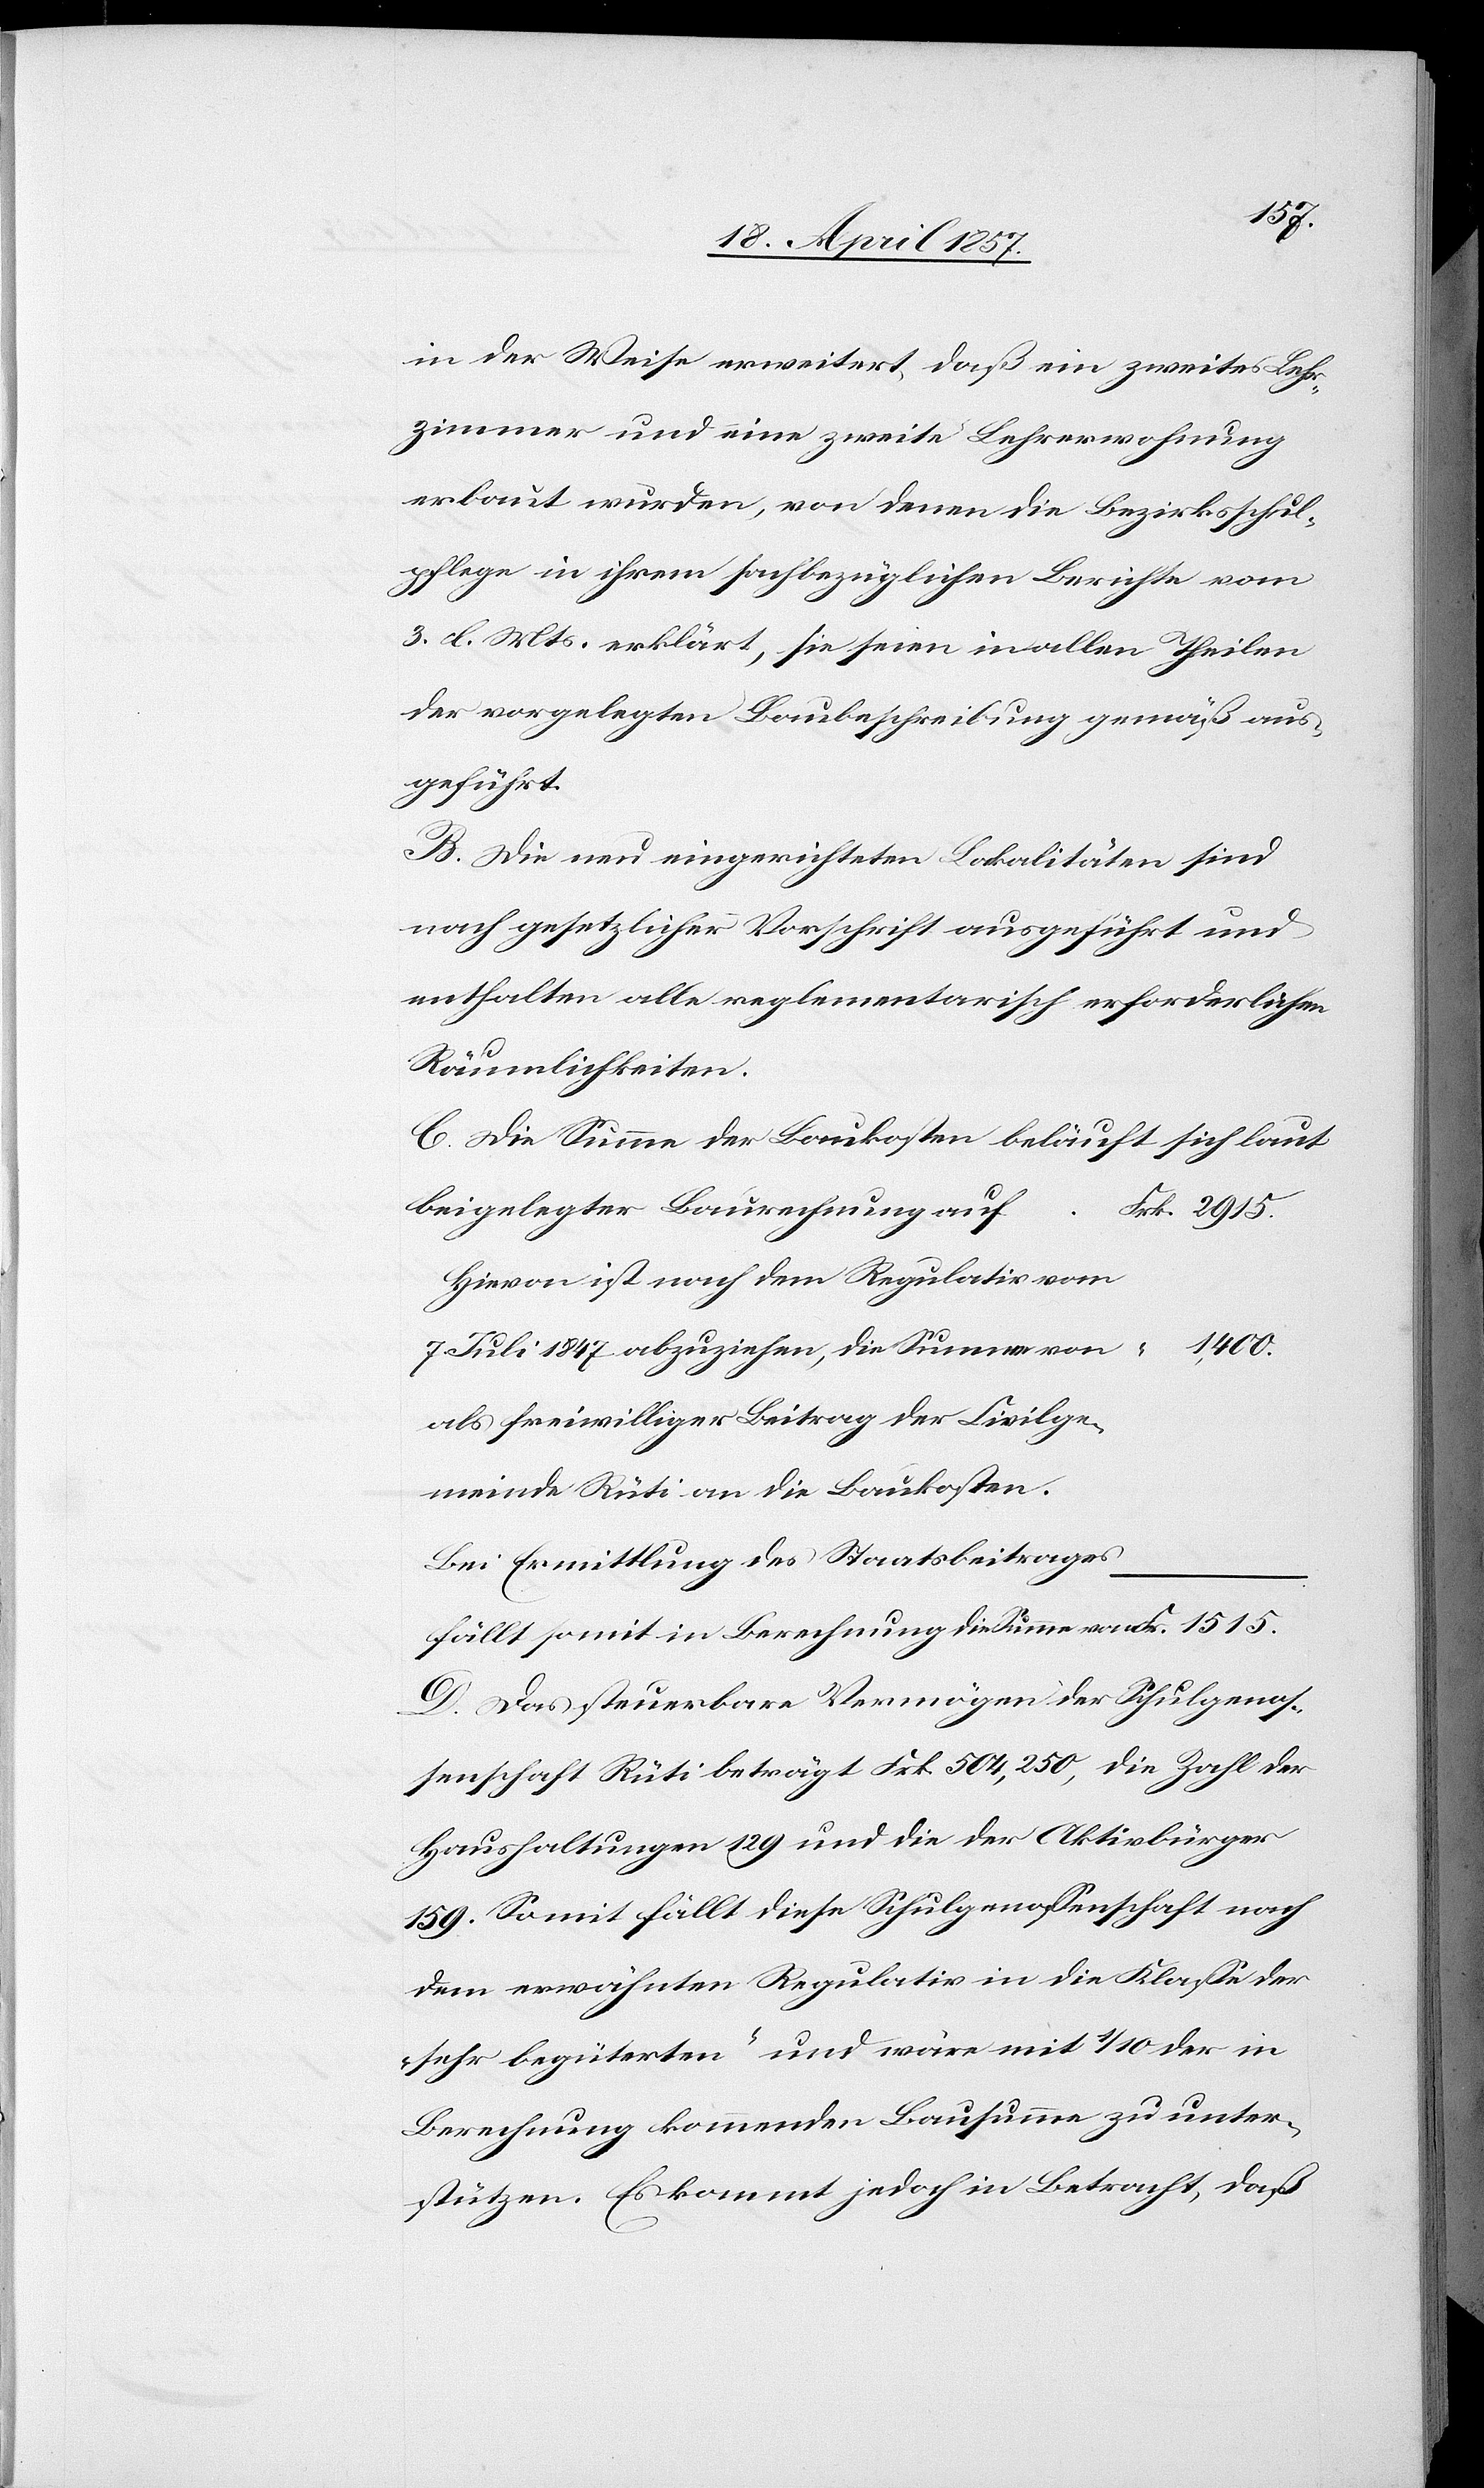
1515.
in der Weise erweitert, daß ein zweites Lehr¬
zimmer und eine zweite Lehrerwohnung
erbaut wurden, von denen die Bezirksschul¬
pflege in ihrem sachbezüglichen Berichte vom
3. d. Mts. erklärt, sie seien in allen Theilen
der vorgelegten Baubeschreibung gemäß aus¬
geführt.
B. Die neu eingerichteten Lokalitäten sind
nach gesetzlicher Vorschrift ausgeführt und
enthalten alle reglementarisch erforderlichen
Räumlichkeiten.
C. Die Summe der Baukosten beläuft sich laut
beigelegter Baurechnung auf
Frk.
Hievon ist nach dem Regulativ vom
7. Juli 1847 abzuziehen, die Summe von
als freiwilliger Beitrag der Civilge¬
meinde Rüti an die Baukosten.
Bei Ermittlung des Staatsbeitrages
fällt somit in Berechnung die Summe von
D. Das steuerbare Vermögen der Schulgenos¬
senschaft Rüti beträgt Frk. 504,250, die Zahl der
Haushaltungen 129 und die der Aktivbürger
159. Somit fällt diese Schulgenossenschaft nach
dem erwähnten Regulativ in die Klasse der
„sehr begüterten“ und wäre mit 1/10 der in
Berechnung kommenden Bausumme zu unter¬
stützen. Es kommt jedoch in Betracht, daß